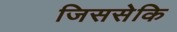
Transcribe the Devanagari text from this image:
जिससेकि